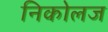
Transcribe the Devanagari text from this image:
निकोलज